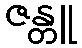
ဇန္တူ